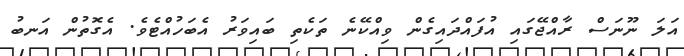
އަލަ ނޫނަސް ރާއްޖޭގައި އުފައްދައިގެން ވިއްކޭނެ ތަކެތި ބައިވަރު އެބަހުއްޓެެވެ. އެގޮތުން އަނބު